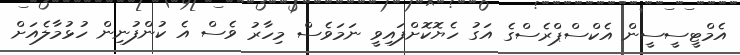
އެމްޓީސީސީން އެކްސްޕްރެސްގެ އަގު ހެޔޮކޮށްފައިވީ ނަމަވެސް މިހާރު ވެސް އެ ކުންފުނިން ހުޅުމާލެއަށް